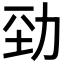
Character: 𠡕